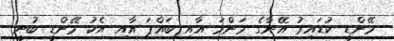
މޭންޑީ ކުޑައިރު އޭނާގެ މަންމަ އާއި ބައްޕަ އާއި އެކު މޭންޑީ ބުނީ